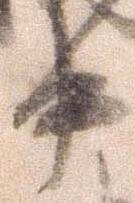
中